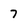
Character: 7